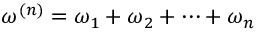
\omega ^ { ( n ) } = \omega _ { 1 } + \omega _ { 2 } + \cdots + \omega _ { n }